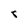
Character: 8